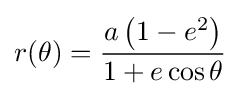
r(\theta )={\frac {a\left(1-e^{2}\right)}{1+e\cos \theta }}